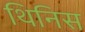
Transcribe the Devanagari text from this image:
थिनिस